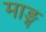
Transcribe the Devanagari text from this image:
माङ्ग